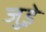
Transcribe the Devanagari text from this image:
जुड़े़